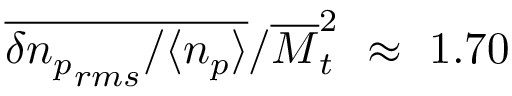
\overline { { \delta { n _ { p } } _ { r m s } / \langle n _ { p } \rangle } } / \overline { { M } } _ { t } ^ { 2 } ~ \approx ~ 1 . 7 0